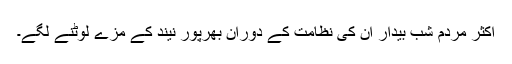
اکثر مردم شب بیدار ان کی نظامت کے دوران بھرپور نیند کے مزے لوٹنے لگے۔